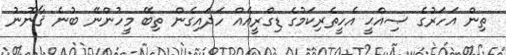
ތިން އަހަރުގެ ޞިއްޙީ އެހީތެރިކަމުގެ ޑިގްރީއެއް ހަދައިގެން ތިބޭ މީހުންނޭ ބުނެ ޤާނޫނު